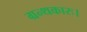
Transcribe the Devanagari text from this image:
ग्रन्थकारः।